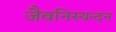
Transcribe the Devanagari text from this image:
जैवनिस्यन्दन